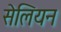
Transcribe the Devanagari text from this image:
सेलियन